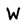
Character: W